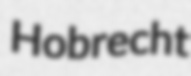
Hobrecht